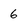
Character: 6